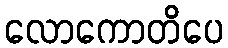
လောကောတိပေ